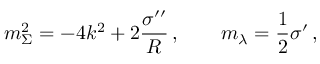
m _ { \Sigma } ^ { 2 } = - 4 k ^ { 2 } + 2 \frac { \sigma ^ { \prime \prime } } { R } \, , \qquad m _ { \lambda } = \frac { 1 } { 2 } \sigma ^ { \prime } \, ,